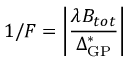
1 / F = \left| \frac { \lambda B _ { t o t } } { \Delta _ { \mathrm { G P } } ^ { * } } \right|